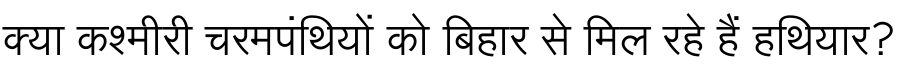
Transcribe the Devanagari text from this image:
क्या कश्मीरी चरमपंथियों को बिहार से मिल रहे हैं हथियार?